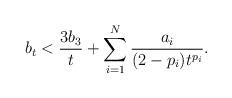
LaTeX: \begin{align*} b_{t} < \frac{3 b_{3}}{t}+\sum_{i=1}^{N}\frac{a_{i}}{(2-p_{i})t^{p_{i}}}. \end{align*}